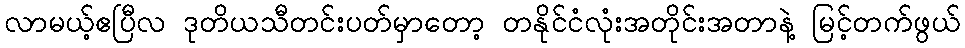
လာမယ့်ဧပြီလ ဒုတိယသီတင်းပတ်မှာတော့ တနိုင်ငံလုံးအတိုင်းအတာနဲ့ မြင့်တက်ဖွယ်